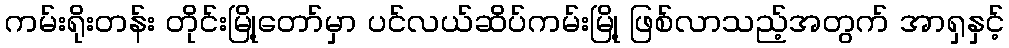
ကမ်းရိုးတန်း တိုင်းမြို့တော်မှာ ပင်လယ်ဆိပ်ကမ်းမြို့ ဖြစ်လာသည့်အတွက် အာရှနှင့်